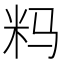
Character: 𰪪